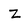
Character: z